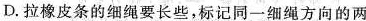
D.拉橡皮条的细绳要长些，标记同一细绳方向的两